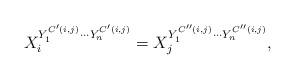
LaTeX: \begin{align*} X_i^{Y_1^{C'(i,j)} \cdots Y_n^{C'(i,j)}} = X_j^{Y_1^{C''(i,j)} \cdots Y_n^{C''(i,j)}}, \end{align*}